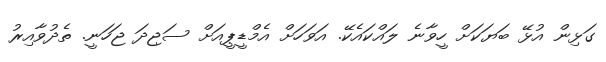
ގަޅިން އުޅޭ ބަޔަކަށް ހީވާނެ ލައްކައެކޭ. އަވަހަށް އެމްޑީޕީއަށް ސަޖިދަ ޖަހަނީ. ތެދުވާއިރު